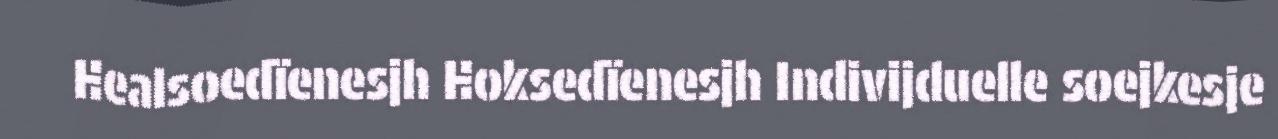
Healsoedïenesjh Hoksedïenesjh Indivijduelle soejkesje